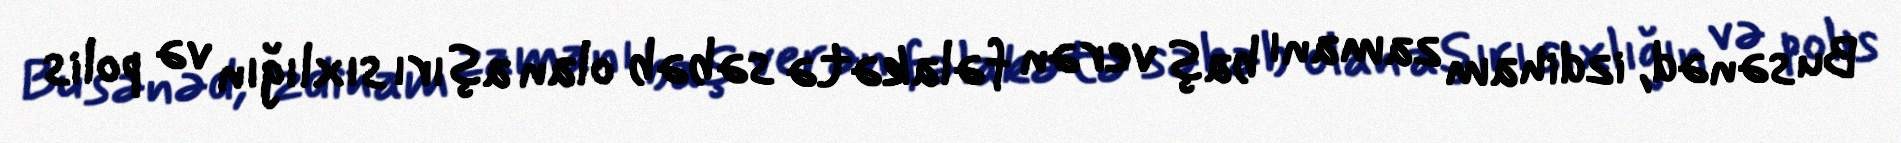
Bu sənəd, izdiham zamanı baş verən fəlakətə səbəb olan aşırı sıxlığın və polis